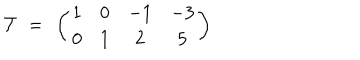
{ \cal T } ~ = ~ \left( \begin{matrix} { { 1 } } & { { 0 } } & { { - 1 } } & { { - 3 } } \\ { { 0 } } & { { 1 } } & { { 2 } } & { { 5 } } \\ \end{matrix} \right)